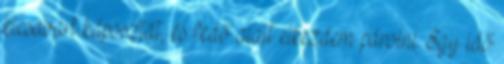
kicsavart káposztát, és fedő alatt elkezdem párolni. Egy idő